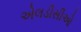
એલડીસીઓ